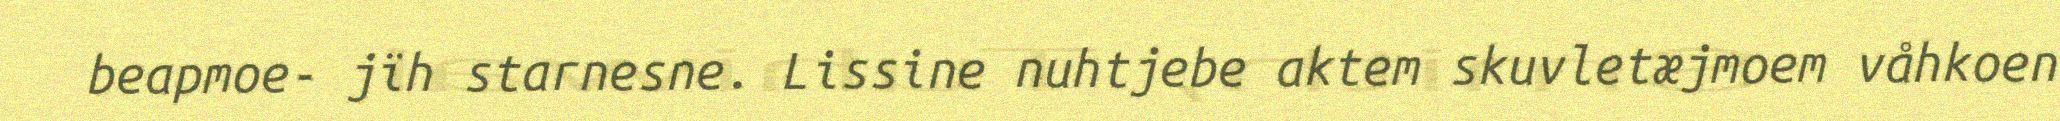
beapmoe- jïh starnesne. Lissine nuhtjebe aktem skuvletæjmoem våhkoen